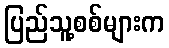
ပြည်သူ့စစ်များက